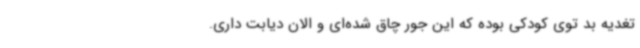
تغدیه بد توی کودکی بوده که این جور چاق شده‌ای و الان دیابت داری.